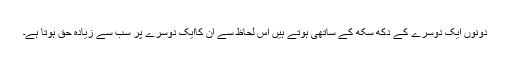
دونوں ایک دوسرے کے دکھ سکھ کے ساتھی ہوتے ہیں اس لحاظ سے ان کاایک دوسرے پر سب سے زیادہ حق ہوتا ہے۔